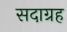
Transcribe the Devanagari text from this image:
सदाग्रह